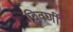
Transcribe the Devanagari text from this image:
द्विवर्णी